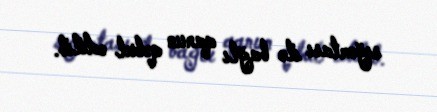
sığortası ilə bağlı qanun qəbul edilib.